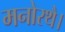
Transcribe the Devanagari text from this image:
मनोरथै।